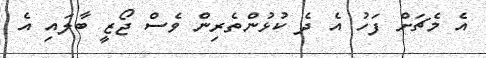
އެ މެޗަށް ފަހު އެ ދެ ކުޅުންތެރިން ވެސް ޖޯޒީ ބާލައި އެ